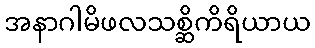
အနာဂါမိဖလသစ္ဆိကိရိယာယ